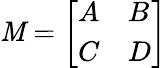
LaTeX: \mathit{M}={\left[\begin{array}{ll}{A}&{B}\\ {C}&{D}\end{array}\right]}